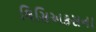
લિસિઅકસના